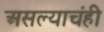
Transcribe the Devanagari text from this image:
असल्याचंही